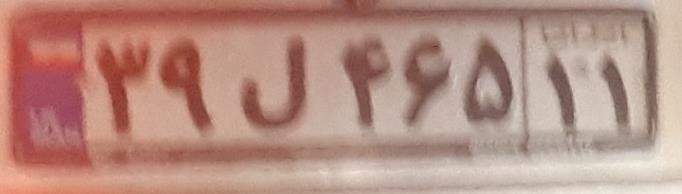
۳۹ل۴۶۵۱۱